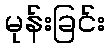
မုန်းခြင်း